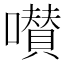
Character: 𡂐